Indian journal of veterinary science and animal husbandry - Volume 2,
Year: 1932
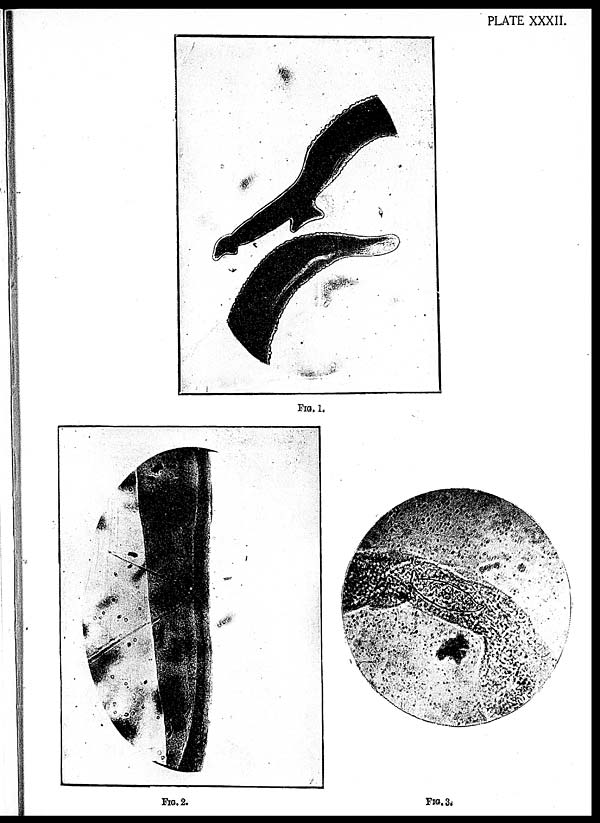
PLATE XXXII
FIG. 1.
FIG. 2.
FIG. 3.